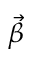
\vec { \beta }